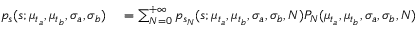
\begin{array} { r l } { p _ { s } ( s ; \mu _ { t _ { a } } , \mu _ { t _ { b } } , \sigma _ { a } , \sigma _ { b } ) } & { { } = \sum _ { N = 0 } ^ { + \infty } p _ { s _ { N } } ( s ; \mu _ { t _ { a } } , \mu _ { t _ { b } } , \sigma _ { a } , \sigma _ { b } , N ) P _ { N } ( \mu _ { t _ { a } } , \mu _ { t _ { b } } , \sigma _ { a } , \sigma _ { b } , N ) } \end{array}